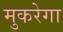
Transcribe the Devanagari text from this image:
मुकरेगा